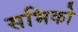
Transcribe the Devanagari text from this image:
सभिको